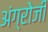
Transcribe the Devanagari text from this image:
अंग्रोजी